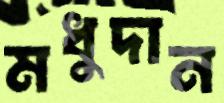
মধুদান